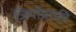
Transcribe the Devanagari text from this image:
जियॉग्राफी